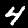
Label: 4